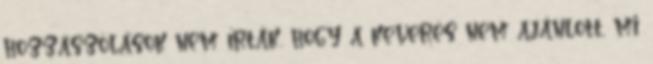
hozzászólások nem írták, hogy a keverés nem ajánlott, mi